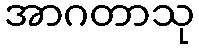
အာဂတာသု